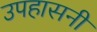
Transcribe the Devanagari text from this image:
उपहासनी